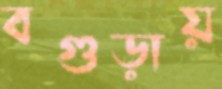
বগুড়ায়